Report of the Indian Hemp Drugs Commission, 1894-1895 - Volume VI
Year: 1894
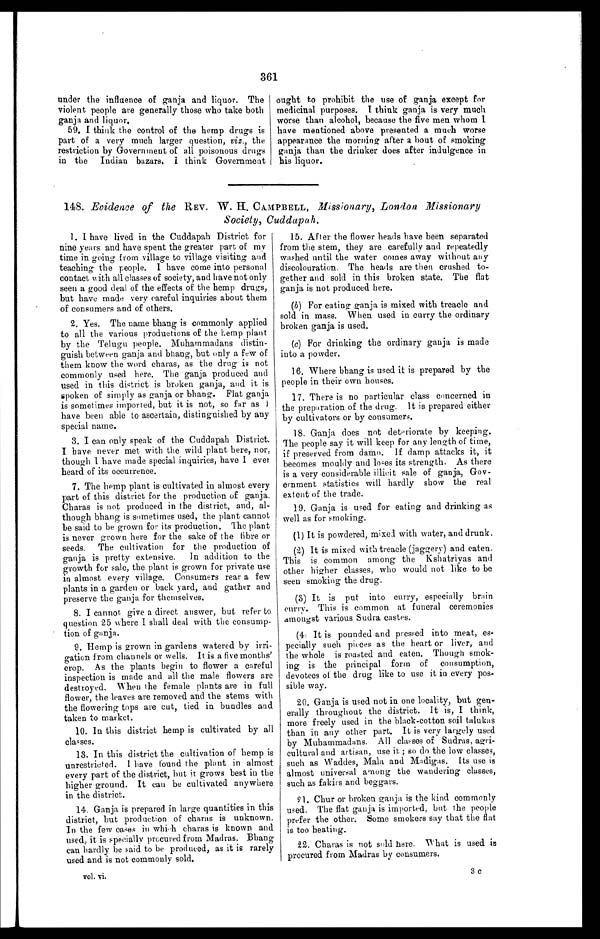
361
under the influence of ganja and liquor. The
violent people are generally those who take both
ganja and liquor.
59. I think the control of the hemp drugs is
part of a very much larger question, viz ., the
restriction by Government of all poisonous drugs
in the Indian bazars. I think Government
ought to prohibit the use of ganja except for
medicinal purposes. I think ganja is very much
worse than alcohol, because the five men whom I
have mentioned above presented a much worse
appearance the morning after a bout of smoking
ganja than the drinker does after indulgence in
his liquor.
148. Evidence of the REV. W. H. CAMPBELL, Missionary, London Missionary
Society, Cuddapah.
1. I have lived in the Cuddapah District for
nine years and have spent the greater part of my
time in going from village to village visiting and
teaching the people. I have come into personal
contact with all classes of society, and have not only
seen a good deal of the effects of the hemp drugs,
but have made very careful inquiries about them
of consumers and of others.
2. Yes. The name bhang is commonly applied
to all the various productions of the hemp plant
by the Telugu people. Muhammadans distin-
guish between ganja and bhang, but only a few of
them know the word charas, as the drug is not
commonly used here. The ganja produced and
used in this district is broken ganja, and it is
spoken of simply as ganja or bhang. Flat ganja
is sometimes imported, but it is not, so far as
I h a v e b e e n a b l e t o a s c e r t a i n , d i s t i n g u i s h e d b y a n y
special name.
3. I can only speak of the Cuddapah District.
I have never met with the wild plant here, nor,
though I have made special inquiries, have I ever
heard of its occurrence.
7. The hemp plant is cultivated in almost every
part of this district for the production of ganja.
Charas is not produced in the district, and, al-
though bhang is sometimes used, the plant cannot
be said to be grown for its production. The plant
is never grown here for the sake of the fibre or
seeds. The cultivation for the production of
ganja is pretty extensive. In addition to the
growth for sale, the plant is grown for private use
in almost every village. Consumers rear a few
plants in a garden or back yard, and gather and
preserve the ganja for themselves.
8. I cannot give a direct answer, but refer to
question 25 where I shall deal with the consump-
tion of ganja.
9. Hemp is grown in gardens watered by irri-
gation from channels or wells. It is a five months'
crop. As the plants begin to flower a careful
inspection is made and all the male flowers are
destroyed. When the female plants are in full
flower, the leaves are removed and the stems with
the flowering tops are cut, tied in bundles and
taken to market.
10. In this district hemp is cultivated by all
classes.
13. In this district the cultivation of hemp is
unrestricted. I have found the plant in almost
every part of the district, but it grows best in the
higher ground. It can be cultivated anywhere
in the district.
14. Ganja, is prepared in large quantities in this
district, but production of charas is unknown.
In the few cases in which charas is known and
used, it is specially procured from Madras. Bhang
can hardly be said to be produced, as it is rarely
used and is not commonly sold.
vol. vi.
15. After the flower heads have been separated
from the stem, they are carefully and repeatedly
washed until the water comes away without any
discolouration. The heads are then crushed to-
gether and sold in this broken state. The flat
ganja is not produced here.
(b) For eating ganja is mixed with treacle and
sold in mass. When used in curry the ordinary
broken ganja is used.
(c) For drinking the ordinary ganja is made
into a powder.
16. Where bhang is used it is prepared by the
people in their own houses.
17. There is no particular class concerned in
the preparation of the drug. It is prepared either
by cultivators or by consumers.
18. Ganja does not deteriorate by keeping.
The people say it will keep for any length of time,
if preserved from damp. If damp attacks it, it
becomes mouldy and loses its strength. As there
is a very considerable illicit sale of ganja, Gov-
ernment statistics will hardly show the real
extent of the trade.
19. Ganja is used for eating and drinking as
well as for smoking.
(1)It is powdered, mixed with water, and drunk.
(2) It is mixed with treacle (jaggery) and eaten.
This is common among the Kshatriyas and
other higher classes, who would not like to be
seen smoking the drug.
(3) It is put into curry, especially brain
curry. This is common at funeral ceremonies
amongst various Sudra castes.
(4) It is pounded and pressed into meat, es-
pecially such pieces as the heart or liver, and
the whole is roasted and eaten. Though smok-
ing is the principal form of consumption,
devotees of the drug like to use it in every pos-
sible way.
20. Ganja is used not in one locality, but gen-
erally throughout the district. It is, I think,
more freely used in the black-cotton soil talukas
than in any other part. It is very largely used
by Muhammadans. All classes of Sudras, agri-
cultural and artisan, use it ; so do the low classes,
such as Waddes, Mala and Madigas. Its use is
almost universal among the wandering classes,
such as fakirs and beggars.
21. Chur or broken ganja is the kind commonly
used. The flat ganja is imported, but the people
prefer the other. Some smokers say that the flat
is too heating.
22. Charas is not sold here. What is used is
procured from Madras by consumers.
3c